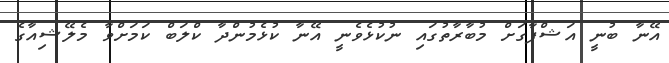
އޭނާ ބުނީ އަޝްފާގަށް މުބާރާތުގައި ނުކުޅެވެނީ އޭނާ ކުޅެމުންދާ ކްލަބް ކަމަށްވާ މެލޭޝިއާގެ